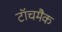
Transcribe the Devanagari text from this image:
टॉचमैक